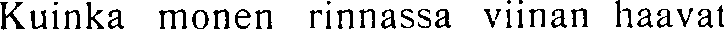
Kuinka monen rinnassa viinan haavat